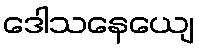
ဒေါသနေယျေ